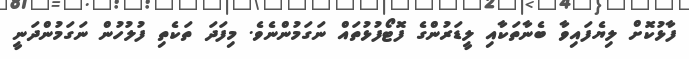
ފާޅުކޮށް ލިޔެފައިވާ ބެނާތަކާއި ލީޑަރުންގެ ފޮޓޯފުޅުތައް ނަގަމުންނެވެ. މިފަދަ ތަކެތި ފުލުހުން ނަގަމުންދަނީ